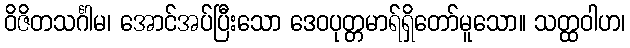
ဝိဇိတသင်္ဂါမ၊ အောင်အပ်ပြီးသော ဒေဝပုတ္တမာရ်ရှိတော်မူသော။ သတ္ထဝါဟ၊